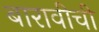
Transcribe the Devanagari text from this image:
बारावीची